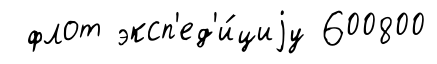
флот эксп'ед'и́циjу 600800